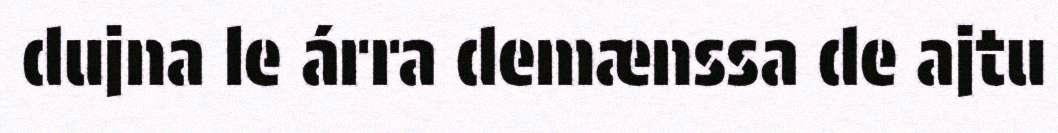
dujna le árra demænssa de ajtu